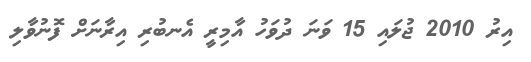
އިރު 2010 ޖުލައި 15 ވަނަ ދުވަހު އާމިރީ އެނބުރި އިރާނަށް ފޮނުވާލި